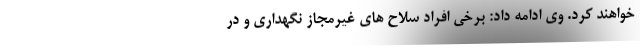
خواهند کرد. وی ادامه داد: برخی افراد سلاح های غیرمجاز نگهداری و در